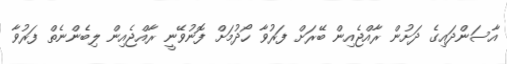
އާސަންދައިގެ ދަށުން ރާއްޖެއިން ބޭރަށް ފަރުވާ ހޯދުމަށް ފޮނުވޭނީ ރާއްޖެއިން ލިބެންނެތް ފަރުވާ